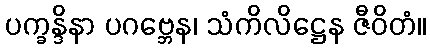
ပက္ခန္ဒိနာ ပဂဗ္ဘေန၊ သံကိလိဋ္ဌေန ဇီဝိတံ။